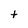
Character: t